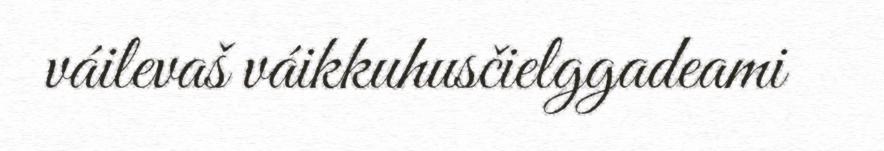
váilevaš váikkuhusčielggadeami